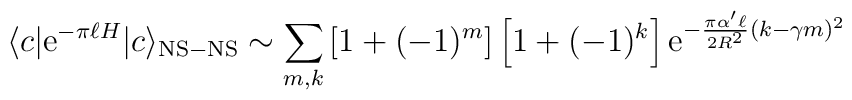
\langle c | {\rm e}^{-\pi\ell H} |c\rangle_{\rm NS-NS} \sim \sum_{m,k}\left[1+(-1)^m \right] \left[1+(-1)^k\right] {\rm e}^{-{\pi \alpha ' \ell\over 2 R^2} (k-\gamma m)^2}